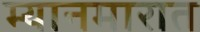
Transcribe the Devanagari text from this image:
म्यानमारात